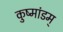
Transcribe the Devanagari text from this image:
कुष्मांडम्